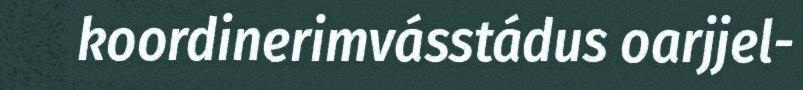
koordinerimvásstádus oarjjel-